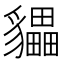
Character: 𲂧